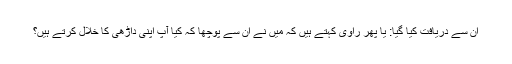
ان سے دریافت کیا گیا: یا پھر راوی کہتے ہیں کہ میں نے ان سے پوچھا کہ کیا آپ اپنی داڑھی کا خلال کرتے ہیں؟